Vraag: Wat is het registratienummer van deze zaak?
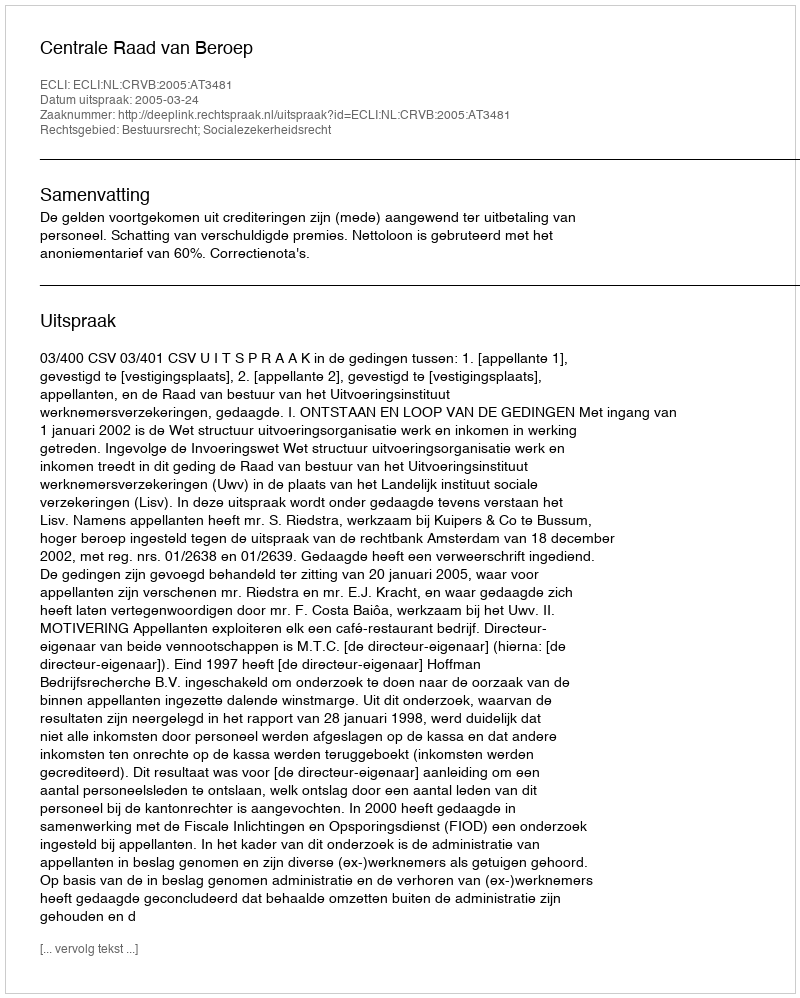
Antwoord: http://deeplink.rechtspraak.nl/uitspraak?id=ECLI:NL:CRVB:2005:AT3481